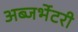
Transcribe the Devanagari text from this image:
अब्जर्भेटरी